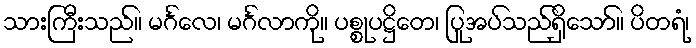
သားကြီးသည်။ မင်္ဂလေ၊ မင်္ဂလာကို။ ပစ္စုပဋ္ဌိတေ၊ ပြုအပ်သည်ရှိသော်။ ပိတရံ၊